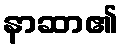
နာဆာ၏